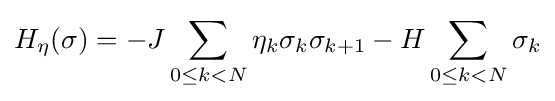
H_{\eta }(\sigma )=-J\sum _{0\leq k<N}\eta _{k}\sigma _{k}\sigma _{k+1}-H\sum _{0\leq k<N}\sigma _{k}